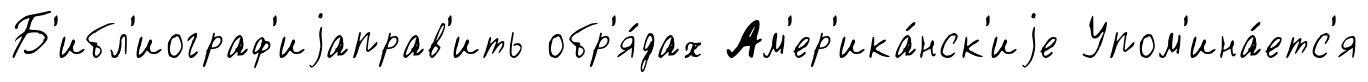
Б'ибл'иограф'иjаправ'ить обр'я́дах Ам'ер'ика́нск'иjе Упом'ина́етс'я